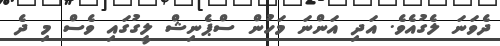
ދެވަނަ ލެގުއެވެ. އަދި އަންނަ މަހުން ސްޕެނިޝް ލީގުގައި ވެސް މި ދެ